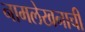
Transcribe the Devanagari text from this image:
नामलेखनाची